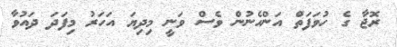
ރޮޖާ ގެ ހުވަފަތް އަންހެނުން ވެސް ވަނީ މިދިޔަ އަހަރު މިފަދަ ދައުވާ